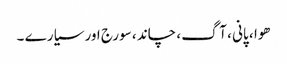
ھوا ، پانی ، آگ ، چاند ، سورج اور سیارے ۔